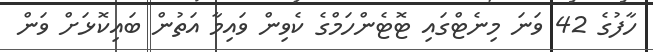
ހާފުގެ 42 ވަނަ މިނެޓްގައި ޓޮޓެންހަމްގެ ކެވިން ވައިމާ އަތުން ބައިކޮޅަށް ވަން